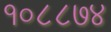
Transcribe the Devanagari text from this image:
१०८८७४